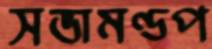
সভামণ্ডপ